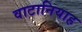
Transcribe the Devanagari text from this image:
वाटानियाह